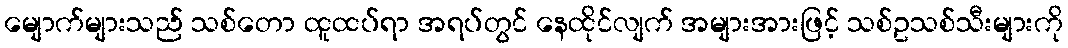
မျောက်များသည် သစ်တော ထူထပ်ရာ အရပ်တွင် နေထိုင်လျက် အများအားဖြင့် သစ်ဥသစ်သီးများကို